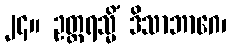
၂၄။ ဥတ္တရသ္မိံ ဒိသာဘာဂေ၊